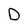
Character: D